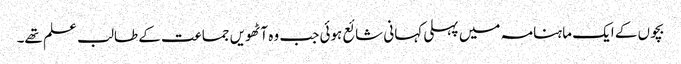
بچوں کے ایک ماہنامہ میں پہلی کہانی شائع ہوئی جب وہ آٹھویں جماعت کے طالب علم تھے۔